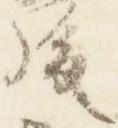
後